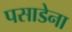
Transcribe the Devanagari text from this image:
पसाडेना